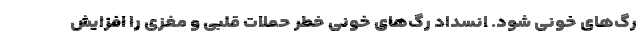
رگ‌های خونی شود. انسداد رگ‌های خونی خطر حملات قلبی و مغزی را افزایش